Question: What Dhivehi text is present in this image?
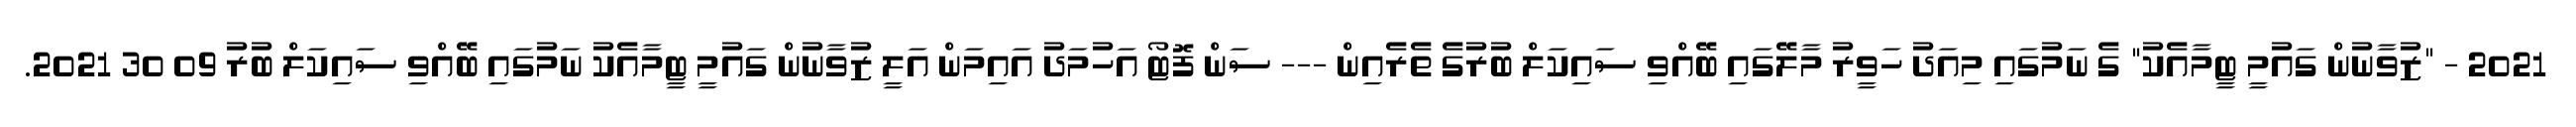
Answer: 2021 - "ޒުވާނުން ގައުމީ ޓީމާއެކު" ގެ ނަމުގައި މިއަދު ހަވީރު މާލޭގައި ބޭއްވި ސައިކަލް ބުރުގެ ތެރެއިން --- ސަން ފޮޓޯ އަހުމަދު އައިމަން އަލީ ޒުވާނުން ގައުމީ ޓީމާއެކު ނަމުގައި ބޭއްވި ސައިކަލް ބުރު 09 30 2021.